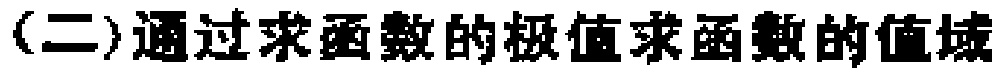
(二)通过求函数的极值求函数的值域